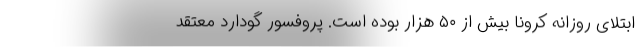
ابتلای روزانه کرونا بیش از ۵۰ هزار بوده است. پروفسور گودارد معتقد